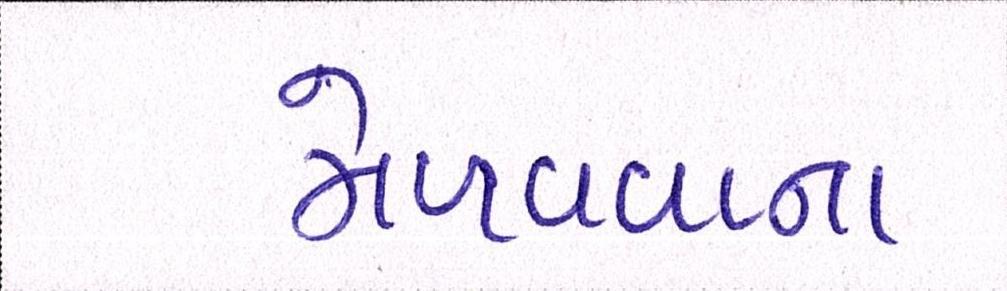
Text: મેળવવાના